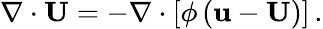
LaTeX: \nabla\cdot\mathbf{U}=-\nabla\cdot\left[\phi\left(\mathbf{u}-\mathbf{U}\right)\right]\, .